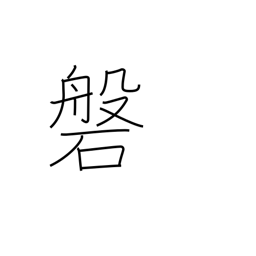
Meaning: wall (in a mine)